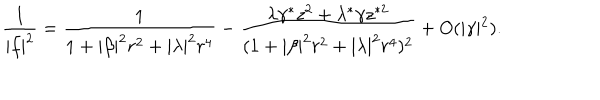
\frac { 1 } { | f | ^ { 2 } } = \frac { 1 } { 1 + | \beta | ^ { 2 } r ^ { 2 } + | \lambda | ^ { 2 } r ^ { 4 } } - \frac { \lambda \gamma ^ { * } z ^ { 2 } + \lambda ^ { * } \gamma z ^ { * 2 } } { ( 1 + | \beta | ^ { 2 } r ^ { 2 } + | \lambda | ^ { 2 } r ^ { 4 } ) ^ { 2 } } + O ( \vert \gamma \vert ^ { 2 } ) .